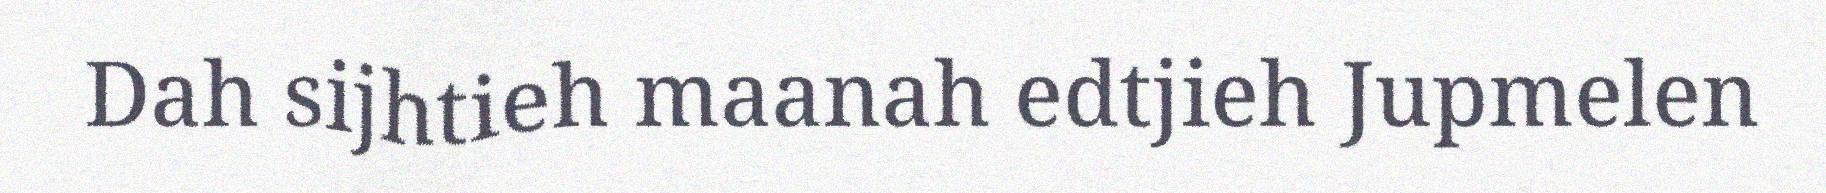
Dah sijhtieh maanah edtjieh Jupmelen